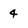
Character: 4